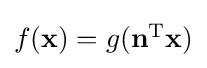
{\textstyle f(\mathbf {x} )=g(\mathbf {n} ^{\operatorname {T} }\mathbf {x} )}